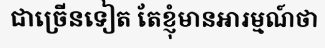
ជាច្រើនទៀត តែខ្ញុំមានអារម្មណ៍ថា